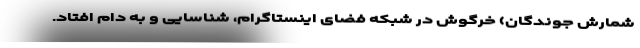
شمارش جوندگان) خرگوش در شبکه فضای اینستاگرام، شناسایی و به دام افتاد.